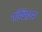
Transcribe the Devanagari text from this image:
गाँधिग्राम